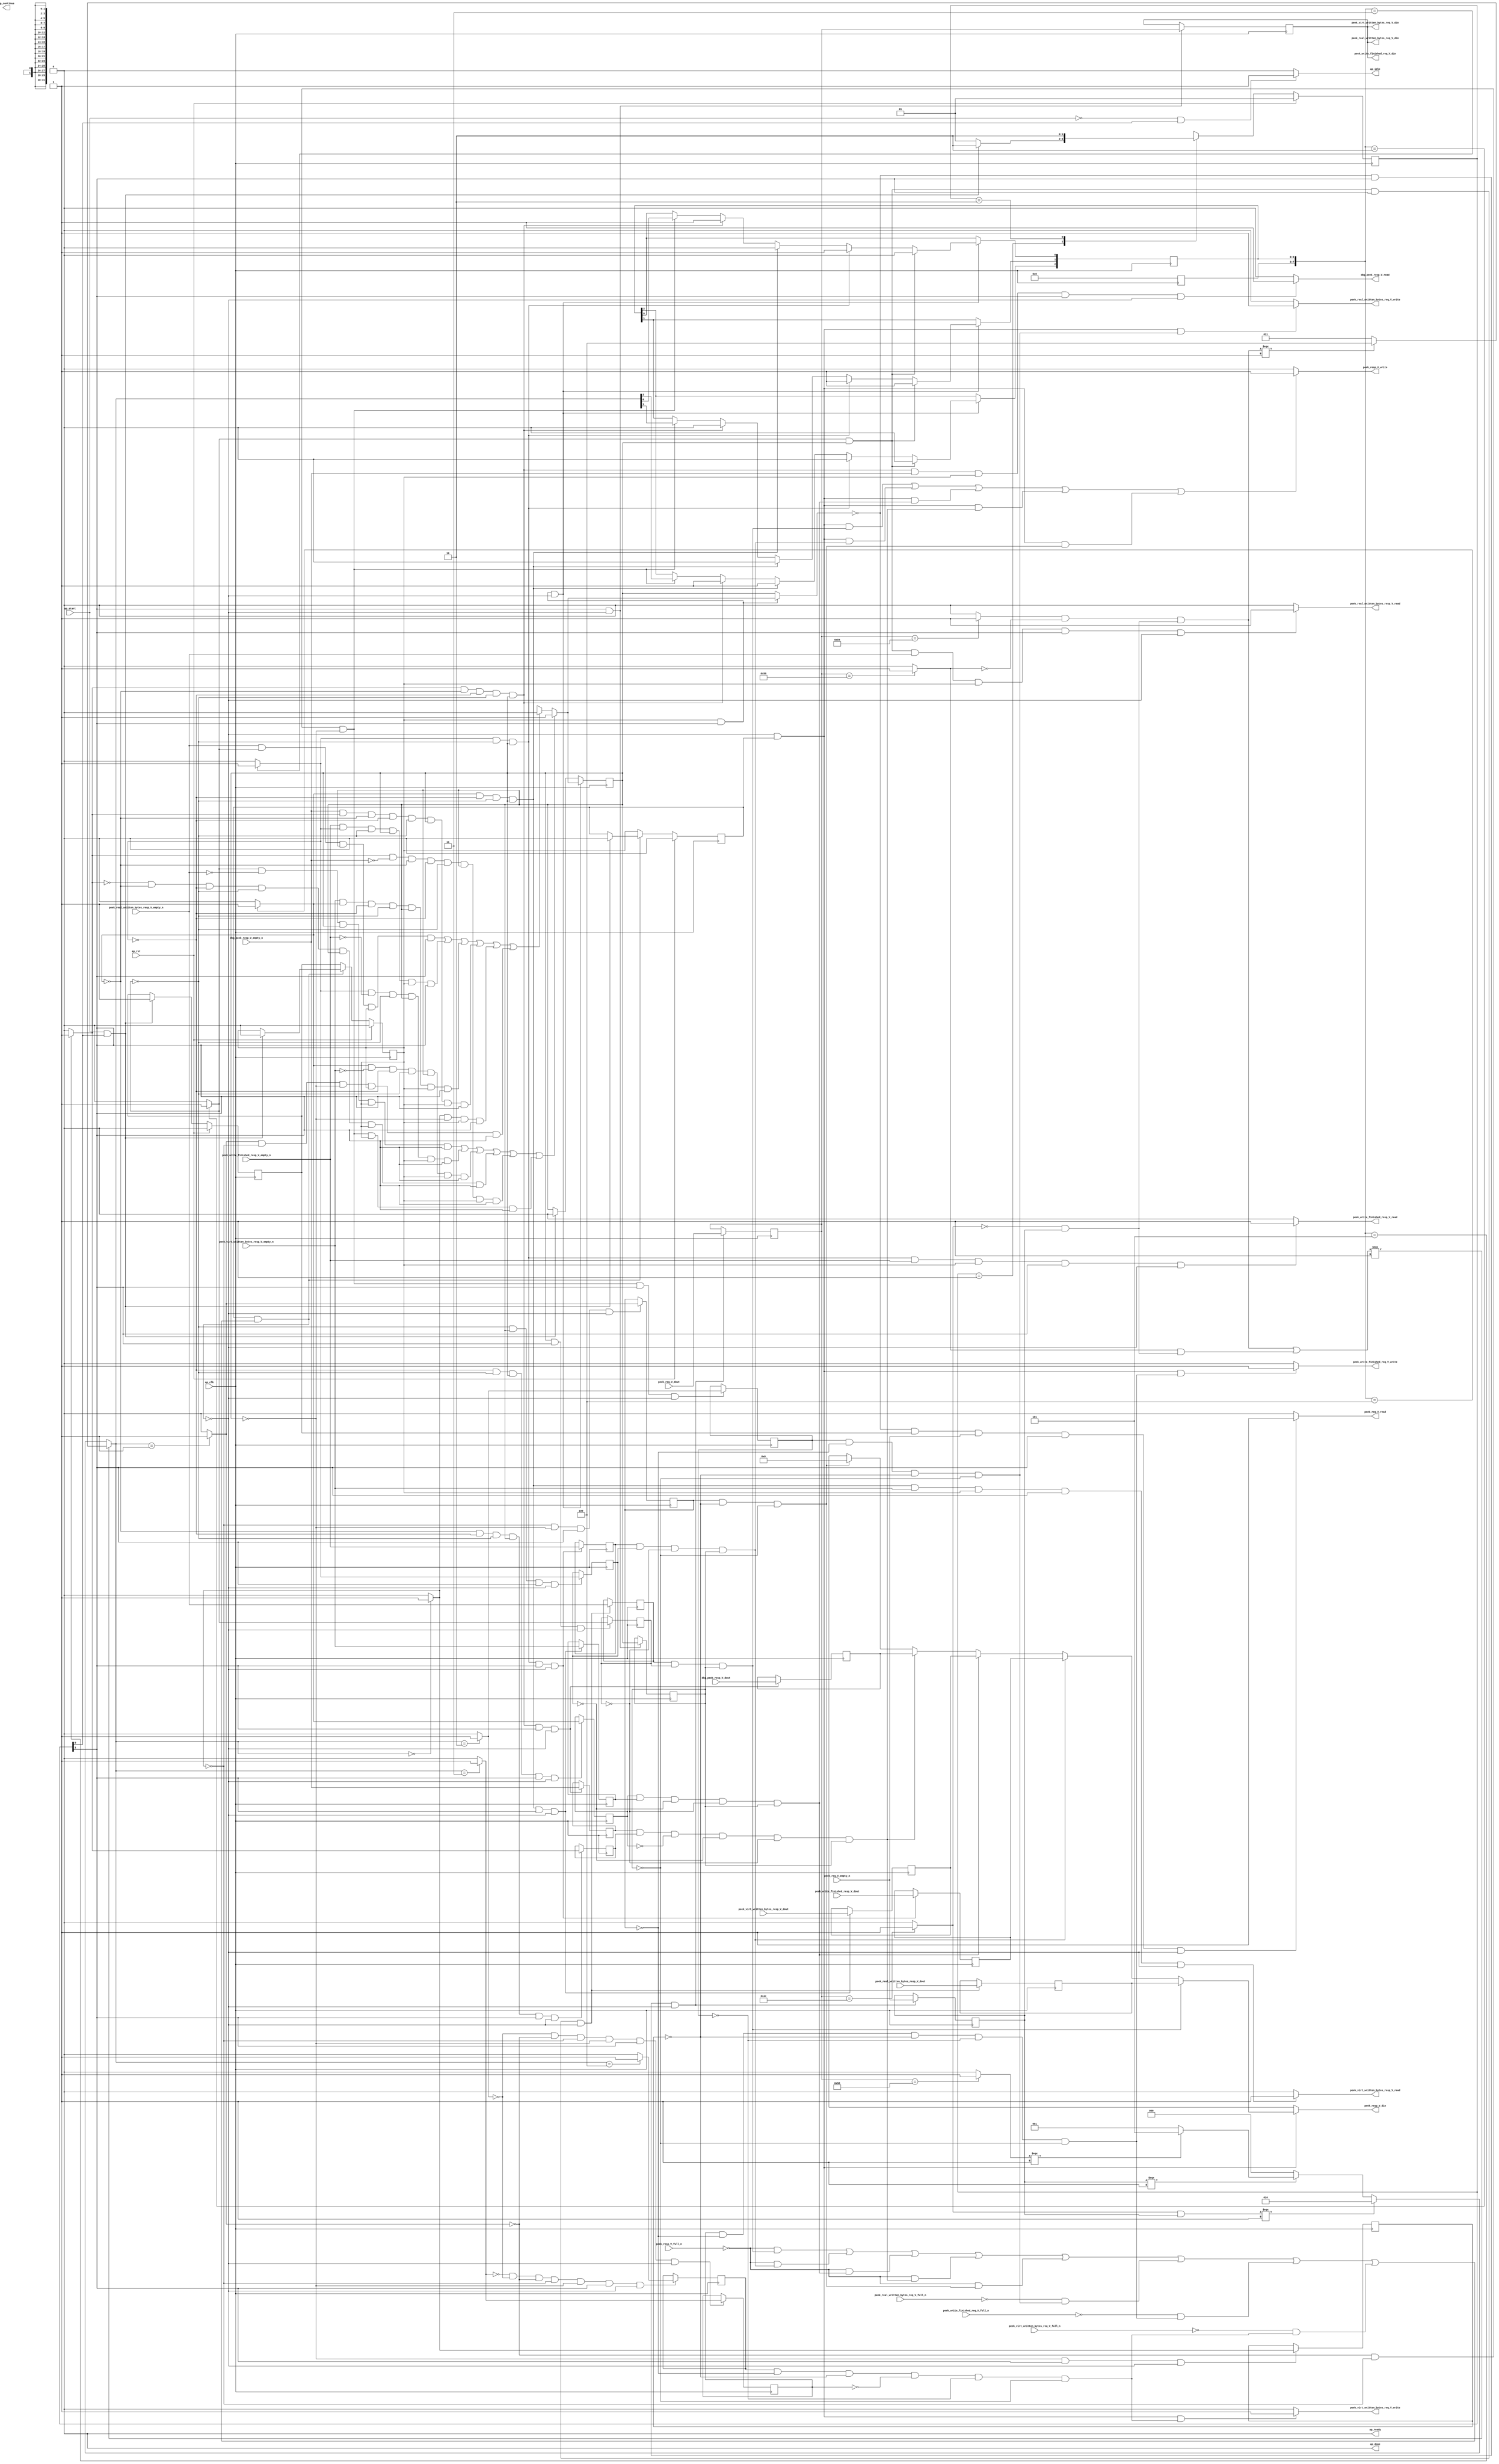
// ==============================================================
// RTL generated by Vivado(TM) HLS - High-Level Synthesis from C, C++ and SystemC
// Version: 2017.4.op
// Copyright (C) 1986-2018 Xilinx, Inc. All Rights Reserved.
// 
// ===========================================================

`timescale 1 ns / 1 ps 

(* CORE_GENERATION_INFO="peek_handler,hls_ip_2017_4_op,{HLS_INPUT_TYPE=cxx,HLS_INPUT_FLOAT=0,HLS_INPUT_FIXED=0,HLS_INPUT_PART=xcvu9p-flgb2104-2-i,HLS_INPUT_CLOCK=4.000000,HLS_INPUT_ARCH=others,HLS_SYN_CLOCK=3.047500,HLS_SYN_LAT=-1,HLS_SYN_TPT=none,HLS_SYN_MEM=0,HLS_SYN_DSP=0,HLS_SYN_FF=216,HLS_SYN_LUT=563}" *)

module peek_handler (
        ap_clk,
        ap_rst,
        ap_start,
        ap_done,
ap_continue,
        ap_idle,
        ap_ready,
        peek_req_V_dout,
        peek_req_V_empty_n,
        peek_req_V_read,
        peek_resp_V_din,
        peek_resp_V_full_n,
        peek_resp_V_write,
        peek_real_written_bytes_req_V_din,
        peek_real_written_bytes_req_V_full_n,
        peek_real_written_bytes_req_V_write,
        peek_real_written_bytes_resp_V_dout,
        peek_real_written_bytes_resp_V_empty_n,
        peek_real_written_bytes_resp_V_read,
        peek_write_finished_req_V_din,
        peek_write_finished_req_V_full_n,
        peek_write_finished_req_V_write,
        peek_write_finished_resp_V_dout,
        peek_write_finished_resp_V_empty_n,
        peek_write_finished_resp_V_read,
        peek_virt_written_bytes_req_V_din,
        peek_virt_written_bytes_req_V_full_n,
        peek_virt_written_bytes_req_V_write,
        peek_virt_written_bytes_resp_V_dout,
        peek_virt_written_bytes_resp_V_empty_n,
        peek_virt_written_bytes_resp_V_read,
        dbg_peek_resp_V_dout,
        dbg_peek_resp_V_empty_n,
        dbg_peek_resp_V_read
);

parameter    ap_ST_fsm_state1 = 2'd1;
parameter    ap_ST_fsm_pp0_stage0 = 2'd2;

input   ap_clk;
input   ap_rst;
input   ap_start;
output   ap_done;
output   ap_idle;
output ap_ready; output ap_continue;
input  [31:0] peek_req_V_dout;
input   peek_req_V_empty_n;
output   peek_req_V_read;
output  [31:0] peek_resp_V_din;
input   peek_resp_V_full_n;
output   peek_resp_V_write;
output  [31:0] peek_real_written_bytes_req_V_din;
input   peek_real_written_bytes_req_V_full_n;
output   peek_real_written_bytes_req_V_write;
input  [31:0] peek_real_written_bytes_resp_V_dout;
input   peek_real_written_bytes_resp_V_empty_n;
output   peek_real_written_bytes_resp_V_read;
output  [31:0] peek_write_finished_req_V_din;
input   peek_write_finished_req_V_full_n;
output   peek_write_finished_req_V_write;
input  [31:0] peek_write_finished_resp_V_dout;
input   peek_write_finished_resp_V_empty_n;
output   peek_write_finished_resp_V_read;
output  [31:0] peek_virt_written_bytes_req_V_din;
input   peek_virt_written_bytes_req_V_full_n;
output   peek_virt_written_bytes_req_V_write;
input  [31:0] peek_virt_written_bytes_resp_V_dout;
input   peek_virt_written_bytes_resp_V_empty_n;
output   peek_virt_written_bytes_resp_V_read;
input  [31:0] dbg_peek_resp_V_dout;
input   dbg_peek_resp_V_empty_n;
output   dbg_peek_resp_V_read;

reg ap_idle;
reg peek_req_V_read;
reg[31:0] peek_resp_V_din;
reg peek_resp_V_write;
reg peek_real_written_bytes_req_V_write;
reg peek_real_written_bytes_resp_V_read;
reg peek_write_finished_req_V_write;
reg peek_write_finished_resp_V_read;
reg peek_virt_written_bytes_req_V_write;
reg peek_virt_written_bytes_resp_V_read;
reg dbg_peek_resp_V_read;

(* fsm_encoding = "none" *) reg   [1:0] ap_CS_fsm;
wire    ap_CS_fsm_state1;
reg    peek_resp_V_blk_n;
reg    ap_enable_reg_pp0_iter2;
wire    ap_block_pp0_stage0;
reg   [0:0] has_inflight_req_reg_255;
reg   [0:0] ap_reg_pp0_iter1_has_inflight_req_reg_255;
reg   [0:0] tmp_7_reg_569;
reg   [0:0] tmp_10_reg_573;
reg   [0:0] tmp_reg_589;
reg   [0:0] empty_n_1_reg_632;
reg   [0:0] tmp_3_reg_593;
reg   [0:0] empty_n_2_reg_623;
reg   [0:0] tmp_8_reg_597;
reg   [0:0] empty_n_3_reg_614;
reg   [0:0] tmp_s_reg_601;
reg   [0:0] empty_n_4_reg_605;
reg    peek_real_written_bytes_req_V_blk_n;
reg   [0:0] tmp_12_reg_577;
reg    peek_write_finished_req_V_blk_n;
reg   [0:0] tmp_14_reg_581;
reg    peek_virt_written_bytes_req_V_blk_n;
reg   [0:0] tmp_17_reg_585;
wire    ap_CS_fsm_pp0_stage0;
wire    ap_block_state2_pp0_stage0_iter0;
wire    ap_block_state3_pp0_stage0_iter1;
reg    ap_predicate_op98_write_state4;
reg    ap_predicate_op101_write_state4;
reg    ap_predicate_op104_write_state4;
reg    ap_predicate_op106_write_state4;
reg    ap_predicate_op107_write_state4;
reg    ap_predicate_op108_write_state4;
reg    ap_predicate_op109_write_state4;
reg    ap_predicate_op110_write_state4;
reg    ap_block_state4_pp0_stage0_iter2;
reg    ap_block_pp0_stage0_11001;
reg   [0:0] empty_n_reg_551;
reg   [0:0] ap_phi_mux_has_inflight_req_phi_fu_259_p4;
reg   [31:0] tmp_15_reg_558;
reg   [31:0] ap_reg_pp0_iter1_tmp_15_reg_558;
wire   [0:0] tmp_7_fu_427_p2;
wire   [0:0] tmp_10_fu_433_p2;
wire   [0:0] tmp_12_fu_439_p2;
wire   [0:0] tmp_14_fu_445_p2;
wire   [0:0] tmp_17_fu_451_p2;
wire   [0:0] tmp_fu_465_p2;
wire   [0:0] tmp_3_fu_471_p2;
wire   [0:0] tmp_8_fu_477_p2;
wire   [0:0] tmp_s_fu_483_p2;
wire   [0:0] empty_n_4_fu_489_p1;
reg   [31:0] tmp_18_reg_609;
wire   [0:0] empty_n_3_fu_502_p1;
reg   [31:0] tmp_16_reg_618;
wire   [0:0] empty_n_2_fu_515_p1;
reg   [31:0] tmp_13_reg_627;
wire   [0:0] empty_n_1_fu_528_p1;
reg   [31:0] tmp_11_reg_636;
reg    ap_enable_reg_pp0_iter0;
reg    ap_enable_reg_pp0_iter1;
reg    ap_block_pp0_stage0_subdone;
reg   [0:0] ap_phi_mux_has_inflight_req_s_phi_fu_271_p24;
wire   [0:0] ap_phi_reg_pp0_iter1_has_inflight_req_s_reg_267;
reg    ap_block_pp0_stage0_01001;
reg   [7:0] inflight_req_state_s_fu_192;
wire   [7:0] inflight_req_state_cast_fu_423_p1;
wire   [0:0] tmp_2_fu_333_p2;
wire   [2:0] state_fu_338_p3;
wire   [0:0] tmp_4_fu_318_p2;
wire   [0:0] sel_tmp2_fu_353_p2;
wire   [2:0] sel_tmp1_fu_346_p3;
wire   [0:0] sel_tmp4_fu_366_p2;
wire   [0:0] sel_tmp5_fu_372_p2;
wire   [0:0] tmp_9_fu_323_p2;
wire   [0:0] tmp_1_fu_328_p2;
wire   [0:0] sel_tmp_fu_383_p2;
wire   [0:0] tmp2_fu_389_p2;
wire   [0:0] sel_tmp8_fu_395_p2;
wire   [0:0] sel_tmp6_fu_377_p2;
wire   [0:0] tmp_5_fu_409_p2;
wire   [2:0] sel_tmp7_fu_401_p3;
wire   [2:0] sel_tmp3_fu_358_p3;
wire   [2:0] inflight_req_state_fu_415_p3;
reg   [1:0] ap_NS_fsm;
reg    ap_idle_pp0;
wire    ap_enable_pp0;
reg    ap_condition_207;
reg    ap_condition_234;
reg    ap_condition_240;
reg    ap_condition_246;
reg    ap_condition_266;

// power-on initialization
initial begin
#0 ap_CS_fsm = 2'd1;
#0 ap_enable_reg_pp0_iter2 = 1'b0;
#0 ap_enable_reg_pp0_iter0 = 1'b0;
#0 ap_enable_reg_pp0_iter1 = 1'b0;
end

always @ (posedge ap_clk) begin
    if (ap_rst == 1'b1) begin
        ap_CS_fsm <= ap_ST_fsm_state1;
    end else begin
        ap_CS_fsm <= ap_NS_fsm;
    end
end

always @ (posedge ap_clk) begin
    if (ap_rst == 1'b1) begin
        ap_enable_reg_pp0_iter0 <= 1'b0;
    end else begin
        if (((ap_start == 1'b1) & (1'b1 == ap_CS_fsm_state1))) begin
            ap_enable_reg_pp0_iter0 <= 1'b1;
        end
    end
end

always @ (posedge ap_clk) begin
    if (ap_rst == 1'b1) begin
        ap_enable_reg_pp0_iter1 <= 1'b0;
    end else begin
        if ((1'b0 == ap_block_pp0_stage0_subdone)) begin
            ap_enable_reg_pp0_iter1 <= ap_enable_reg_pp0_iter0;
        end else if (((ap_start == 1'b1) & (1'b1 == ap_CS_fsm_state1))) begin
            ap_enable_reg_pp0_iter1 <= 1'b0;
        end
    end
end

always @ (posedge ap_clk) begin
    if (ap_rst == 1'b1) begin
        ap_enable_reg_pp0_iter2 <= 1'b0;
    end else begin
        if ((1'b0 == ap_block_pp0_stage0_subdone)) begin
            ap_enable_reg_pp0_iter2 <= ap_enable_reg_pp0_iter1;
        end else if (((ap_start == 1'b1) & (1'b1 == ap_CS_fsm_state1))) begin
            ap_enable_reg_pp0_iter2 <= 1'b0;
        end
    end
end

always @ (posedge ap_clk) begin
    if (((ap_enable_reg_pp0_iter1 == 1'b1) & (1'b1 == ap_CS_fsm_pp0_stage0) & (1'b0 == ap_block_pp0_stage0_11001))) begin
        has_inflight_req_reg_255 <= ap_phi_mux_has_inflight_req_s_phi_fu_271_p24;
    end else if (((ap_start == 1'b1) & (1'b1 == ap_CS_fsm_state1))) begin
        has_inflight_req_reg_255 <= 1'd0;
    end
end

always @ (posedge ap_clk) begin
    if ((1'b1 == ap_condition_266)) begin
        if (((tmp_fu_465_p2 == 1'd1) & (has_inflight_req_reg_255 == 1'd1))) begin
                        inflight_req_state_s_fu_192[0] <= 1'b0;
            inflight_req_state_s_fu_192[1] <= 1'b1;
            inflight_req_state_s_fu_192[2] <= 1'b0;
        end else if ((1'b1 == ap_condition_246)) begin
                        inflight_req_state_s_fu_192[0] <= 1'b1;
            inflight_req_state_s_fu_192[1] <= 1'b1;
            inflight_req_state_s_fu_192[2] <= 1'b0;
        end else if ((1'b1 == ap_condition_240)) begin
                        inflight_req_state_s_fu_192[0] <= 1'b0;
            inflight_req_state_s_fu_192[1] <= 1'b0;
            inflight_req_state_s_fu_192[2] <= 1'b1;
        end else if ((1'b1 == ap_condition_234)) begin
                        inflight_req_state_s_fu_192[0] <= 1'b1;
            inflight_req_state_s_fu_192[1] <= 1'b0;
            inflight_req_state_s_fu_192[2] <= 1'b1;
        end else if ((1'b1 == ap_condition_207)) begin
                        inflight_req_state_s_fu_192[2 : 0] <= inflight_req_state_cast_fu_423_p1[2 : 0];
        end
    end
end

always @ (posedge ap_clk) begin
    if (((1'b1 == ap_CS_fsm_pp0_stage0) & (1'b0 == ap_block_pp0_stage0_11001))) begin
        ap_reg_pp0_iter1_has_inflight_req_reg_255 <= has_inflight_req_reg_255;
        ap_reg_pp0_iter1_tmp_15_reg_558 <= tmp_15_reg_558;
    end
end

always @ (posedge ap_clk) begin
    if (((tmp_fu_465_p2 == 1'd1) & (has_inflight_req_reg_255 == 1'd1) & (1'b1 == ap_CS_fsm_pp0_stage0) & (1'b0 == ap_block_pp0_stage0_11001))) begin
        empty_n_1_reg_632 <= peek_real_written_bytes_resp_V_empty_n;
        tmp_11_reg_636 <= peek_real_written_bytes_resp_V_dout;
    end
end

always @ (posedge ap_clk) begin
    if (((tmp_3_fu_471_p2 == 1'd1) & (tmp_fu_465_p2 == 1'd0) & (has_inflight_req_reg_255 == 1'd1) & (1'b1 == ap_CS_fsm_pp0_stage0) & (1'b0 == ap_block_pp0_stage0_11001))) begin
        empty_n_2_reg_623 <= peek_write_finished_resp_V_empty_n;
        tmp_13_reg_627 <= peek_write_finished_resp_V_dout;
    end
end

always @ (posedge ap_clk) begin
    if (((tmp_8_fu_477_p2 == 1'd1) & (tmp_3_fu_471_p2 == 1'd0) & (tmp_fu_465_p2 == 1'd0) & (has_inflight_req_reg_255 == 1'd1) & (1'b1 == ap_CS_fsm_pp0_stage0) & (1'b0 == ap_block_pp0_stage0_11001))) begin
        empty_n_3_reg_614 <= peek_virt_written_bytes_resp_V_empty_n;
        tmp_16_reg_618 <= peek_virt_written_bytes_resp_V_dout;
    end
end

always @ (posedge ap_clk) begin
    if (((tmp_s_fu_483_p2 == 1'd1) & (tmp_8_fu_477_p2 == 1'd0) & (tmp_3_fu_471_p2 == 1'd0) & (tmp_fu_465_p2 == 1'd0) & (has_inflight_req_reg_255 == 1'd1) & (1'b1 == ap_CS_fsm_pp0_stage0) & (1'b0 == ap_block_pp0_stage0_11001))) begin
        empty_n_4_reg_605 <= dbg_peek_resp_V_empty_n;
        tmp_18_reg_609 <= dbg_peek_resp_V_dout;
    end
end

always @ (posedge ap_clk) begin
    if (((ap_phi_mux_has_inflight_req_phi_fu_259_p4 == 1'd0) & (1'b1 == ap_CS_fsm_pp0_stage0) & (1'b0 == ap_block_pp0_stage0_11001))) begin
        empty_n_reg_551 <= peek_req_V_empty_n;
        tmp_15_reg_558 <= peek_req_V_dout;
    end
end

always @ (posedge ap_clk) begin
    if (((tmp_7_fu_427_p2 == 1'd0) & (has_inflight_req_reg_255 == 1'd0) & (1'b1 == ap_CS_fsm_pp0_stage0) & (1'b0 == ap_block_pp0_stage0_11001))) begin
        tmp_10_reg_573 <= tmp_10_fu_433_p2;
    end
end

always @ (posedge ap_clk) begin
    if (((tmp_10_fu_433_p2 == 1'd0) & (tmp_7_fu_427_p2 == 1'd0) & (has_inflight_req_reg_255 == 1'd0) & (1'b1 == ap_CS_fsm_pp0_stage0) & (1'b0 == ap_block_pp0_stage0_11001))) begin
        tmp_12_reg_577 <= tmp_12_fu_439_p2;
    end
end

always @ (posedge ap_clk) begin
    if (((tmp_12_fu_439_p2 == 1'd0) & (tmp_10_fu_433_p2 == 1'd0) & (tmp_7_fu_427_p2 == 1'd0) & (has_inflight_req_reg_255 == 1'd0) & (1'b1 == ap_CS_fsm_pp0_stage0) & (1'b0 == ap_block_pp0_stage0_11001))) begin
        tmp_14_reg_581 <= tmp_14_fu_445_p2;
    end
end

always @ (posedge ap_clk) begin
    if (((tmp_14_fu_445_p2 == 1'd0) & (tmp_12_fu_439_p2 == 1'd0) & (tmp_10_fu_433_p2 == 1'd0) & (tmp_7_fu_427_p2 == 1'd0) & (has_inflight_req_reg_255 == 1'd0) & (1'b1 == ap_CS_fsm_pp0_stage0) & (1'b0 == ap_block_pp0_stage0_11001))) begin
        tmp_17_reg_585 <= tmp_17_fu_451_p2;
    end
end

always @ (posedge ap_clk) begin
    if (((tmp_fu_465_p2 == 1'd0) & (has_inflight_req_reg_255 == 1'd1) & (1'b1 == ap_CS_fsm_pp0_stage0) & (1'b0 == ap_block_pp0_stage0_11001))) begin
        tmp_3_reg_593 <= tmp_3_fu_471_p2;
    end
end

always @ (posedge ap_clk) begin
    if (((has_inflight_req_reg_255 == 1'd0) & (1'b1 == ap_CS_fsm_pp0_stage0) & (1'b0 == ap_block_pp0_stage0_11001))) begin
        tmp_7_reg_569 <= tmp_7_fu_427_p2;
    end
end

always @ (posedge ap_clk) begin
    if (((tmp_3_fu_471_p2 == 1'd0) & (tmp_fu_465_p2 == 1'd0) & (has_inflight_req_reg_255 == 1'd1) & (1'b1 == ap_CS_fsm_pp0_stage0) & (1'b0 == ap_block_pp0_stage0_11001))) begin
        tmp_8_reg_597 <= tmp_8_fu_477_p2;
    end
end

always @ (posedge ap_clk) begin
    if (((has_inflight_req_reg_255 == 1'd1) & (1'b1 == ap_CS_fsm_pp0_stage0) & (1'b0 == ap_block_pp0_stage0_11001))) begin
        tmp_reg_589 <= tmp_fu_465_p2;
    end
end

always @ (posedge ap_clk) begin
    if (((tmp_8_fu_477_p2 == 1'd0) & (tmp_3_fu_471_p2 == 1'd0) & (tmp_fu_465_p2 == 1'd0) & (has_inflight_req_reg_255 == 1'd1) & (1'b1 == ap_CS_fsm_pp0_stage0) & (1'b0 == ap_block_pp0_stage0_11001))) begin
        tmp_s_reg_601 <= tmp_s_fu_483_p2;
    end
end

always @ (*) begin
    if (((ap_start == 1'b0) & (1'b1 == ap_CS_fsm_state1))) begin
        ap_idle = 1'b1;
    end else begin
        ap_idle = 1'b0;
    end
end

always @ (*) begin
    if (((ap_enable_reg_pp0_iter2 == 1'b0) & (ap_enable_reg_pp0_iter1 == 1'b0) & (ap_enable_reg_pp0_iter0 == 1'b0))) begin
        ap_idle_pp0 = 1'b1;
    end else begin
        ap_idle_pp0 = 1'b0;
    end
end

always @ (*) begin
    if (((1'b0 == ap_block_pp0_stage0) & (ap_enable_reg_pp0_iter1 == 1'b1) & (1'b1 == ap_CS_fsm_pp0_stage0))) begin
        ap_phi_mux_has_inflight_req_phi_fu_259_p4 = ap_phi_mux_has_inflight_req_s_phi_fu_271_p24;
    end else begin
        ap_phi_mux_has_inflight_req_phi_fu_259_p4 = has_inflight_req_reg_255;
    end
end

always @ (*) begin
    if ((((tmp_fu_465_p2 == 1'd1) & (empty_n_1_fu_528_p1 == 1'd0) & (has_inflight_req_reg_255 == 1'd1) & (1'b0 == ap_block_pp0_stage0) & (ap_enable_reg_pp0_iter1 == 1'b1) & (1'b1 == ap_CS_fsm_pp0_stage0)) | ((tmp_3_fu_471_p2 == 1'd1) & (empty_n_2_fu_515_p1 == 1'd0) & (tmp_fu_465_p2 == 1'd0) & (has_inflight_req_reg_255 == 1'd1) & (1'b0 == ap_block_pp0_stage0) & (ap_enable_reg_pp0_iter1 == 1'b1) & (1'b1 == ap_CS_fsm_pp0_stage0)) | ((tmp_8_fu_477_p2 == 1'd1) & (empty_n_3_fu_502_p1 == 1'd0) & (tmp_3_fu_471_p2 == 1'd0) & (tmp_fu_465_p2 == 1'd0) & (has_inflight_req_reg_255 == 1'd1) & (1'b0 == ap_block_pp0_stage0) & (ap_enable_reg_pp0_iter1 == 1'b1) & (1'b1 == ap_CS_fsm_pp0_stage0)) | ((tmp_s_fu_483_p2 == 1'd0) & (tmp_8_fu_477_p2 == 1'd0) & (tmp_3_fu_471_p2 == 1'd0) & (tmp_fu_465_p2 == 1'd0) & (has_inflight_req_reg_255 == 1'd1) & (1'b0 == ap_block_pp0_stage0) & (ap_enable_reg_pp0_iter1 == 1'b1) & (1'b1 == ap_CS_fsm_pp0_stage0)) | ((tmp_s_fu_483_p2 == 1'd1) & (empty_n_4_fu_489_p1 == 1'd0) & (tmp_8_fu_477_p2 == 1'd0) & (tmp_3_fu_471_p2 == 1'd0) & (tmp_fu_465_p2 == 1'd0) & (has_inflight_req_reg_255 == 1'd1) & (1'b0 == ap_block_pp0_stage0) & (ap_enable_reg_pp0_iter1 == 1'b1) & (1'b1 == ap_CS_fsm_pp0_stage0)) | ((tmp_10_fu_433_p2 == 1'd0) & (tmp_7_fu_427_p2 == 1'd0) & (has_inflight_req_reg_255 == 1'd0) & (1'b0 == ap_block_pp0_stage0) & (ap_enable_reg_pp0_iter1 == 1'b1) & (1'b1 == ap_CS_fsm_pp0_stage0)))) begin
        ap_phi_mux_has_inflight_req_s_phi_fu_271_p24 = 1'd1;
    end else if ((((empty_n_1_fu_528_p1 == 1'd1) & (tmp_fu_465_p2 == 1'd1) & (has_inflight_req_reg_255 == 1'd1) & (1'b0 == ap_block_pp0_stage0) & (ap_enable_reg_pp0_iter1 == 1'b1) & (1'b1 == ap_CS_fsm_pp0_stage0)) | ((empty_n_2_fu_515_p1 == 1'd1) & (tmp_3_fu_471_p2 == 1'd1) & (tmp_fu_465_p2 == 1'd0) & (has_inflight_req_reg_255 == 1'd1) & (1'b0 == ap_block_pp0_stage0) & (ap_enable_reg_pp0_iter1 == 1'b1) & (1'b1 == ap_CS_fsm_pp0_stage0)) | ((empty_n_3_fu_502_p1 == 1'd1) & (tmp_8_fu_477_p2 == 1'd1) & (tmp_3_fu_471_p2 == 1'd0) & (tmp_fu_465_p2 == 1'd0) & (has_inflight_req_reg_255 == 1'd1) & (1'b0 == ap_block_pp0_stage0) & (ap_enable_reg_pp0_iter1 == 1'b1) & (1'b1 == ap_CS_fsm_pp0_stage0)) | ((empty_n_4_fu_489_p1 == 1'd1) & (tmp_s_fu_483_p2 == 1'd1) & (tmp_8_fu_477_p2 == 1'd0) & (tmp_3_fu_471_p2 == 1'd0) & (tmp_fu_465_p2 == 1'd0) & (has_inflight_req_reg_255 == 1'd1) & (1'b0 == ap_block_pp0_stage0) & (ap_enable_reg_pp0_iter1 == 1'b1) & (1'b1 == ap_CS_fsm_pp0_stage0)) | ((tmp_7_fu_427_p2 == 1'd1) & (has_inflight_req_reg_255 == 1'd0) & (1'b0 == ap_block_pp0_stage0) & (ap_enable_reg_pp0_iter1 == 1'b1) & (1'b1 == ap_CS_fsm_pp0_stage0)) | ((tmp_10_fu_433_p2 == 1'd1) & (tmp_7_fu_427_p2 == 1'd0) & (has_inflight_req_reg_255 == 1'd0) & (1'b0 == ap_block_pp0_stage0) & (ap_enable_reg_pp0_iter1 == 1'b1) & (1'b1 == ap_CS_fsm_pp0_stage0)))) begin
        ap_phi_mux_has_inflight_req_s_phi_fu_271_p24 = 1'd0;
    end else begin
        ap_phi_mux_has_inflight_req_s_phi_fu_271_p24 = ap_phi_reg_pp0_iter1_has_inflight_req_s_reg_267;
    end
end

always @ (*) begin
    if (((tmp_s_fu_483_p2 == 1'd1) & (tmp_8_fu_477_p2 == 1'd0) & (tmp_3_fu_471_p2 == 1'd0) & (tmp_fu_465_p2 == 1'd0) & (has_inflight_req_reg_255 == 1'd1) & (dbg_peek_resp_V_empty_n == 1'b1) & (ap_enable_reg_pp0_iter1 == 1'b1) & (1'b1 == ap_CS_fsm_pp0_stage0) & (1'b0 == ap_block_pp0_stage0_11001))) begin
        dbg_peek_resp_V_read = 1'b1;
    end else begin
        dbg_peek_resp_V_read = 1'b0;
    end
end

always @ (*) begin
    if (((tmp_12_reg_577 == 1'd1) & (tmp_10_reg_573 == 1'd0) & (tmp_7_reg_569 == 1'd0) & (ap_reg_pp0_iter1_has_inflight_req_reg_255 == 1'd0) & (1'b0 == ap_block_pp0_stage0) & (ap_enable_reg_pp0_iter2 == 1'b1))) begin
        peek_real_written_bytes_req_V_blk_n = peek_real_written_bytes_req_V_full_n;
    end else begin
        peek_real_written_bytes_req_V_blk_n = 1'b1;
    end
end

always @ (*) begin
    if (((ap_enable_reg_pp0_iter2 == 1'b1) & (1'b0 == ap_block_pp0_stage0_11001) & (ap_predicate_op104_write_state4 == 1'b1))) begin
        peek_real_written_bytes_req_V_write = 1'b1;
    end else begin
        peek_real_written_bytes_req_V_write = 1'b0;
    end
end

always @ (*) begin
    if (((tmp_fu_465_p2 == 1'd1) & (has_inflight_req_reg_255 == 1'd1) & (peek_real_written_bytes_resp_V_empty_n == 1'b1) & (ap_enable_reg_pp0_iter1 == 1'b1) & (1'b1 == ap_CS_fsm_pp0_stage0) & (1'b0 == ap_block_pp0_stage0_11001))) begin
        peek_real_written_bytes_resp_V_read = 1'b1;
    end else begin
        peek_real_written_bytes_resp_V_read = 1'b0;
    end
end

always @ (*) begin
    if (((ap_phi_mux_has_inflight_req_phi_fu_259_p4 == 1'd0) & (ap_enable_reg_pp0_iter0 == 1'b1) & (peek_req_V_empty_n == 1'b1) & (1'b1 == ap_CS_fsm_pp0_stage0) & (1'b0 == ap_block_pp0_stage0_11001))) begin
        peek_req_V_read = 1'b1;
    end else begin
        peek_req_V_read = 1'b0;
    end
end

always @ (*) begin
    if ((((empty_n_4_reg_605 == 1'd1) & (tmp_s_reg_601 == 1'd1) & (tmp_8_reg_597 == 1'd0) & (tmp_3_reg_593 == 1'd0) & (tmp_reg_589 == 1'd0) & (ap_reg_pp0_iter1_has_inflight_req_reg_255 == 1'd1) & (1'b0 == ap_block_pp0_stage0) & (ap_enable_reg_pp0_iter2 == 1'b1)) | ((tmp_8_reg_597 == 1'd1) & (empty_n_3_reg_614 == 1'd1) & (tmp_3_reg_593 == 1'd0) & (tmp_reg_589 == 1'd0) & (ap_reg_pp0_iter1_has_inflight_req_reg_255 == 1'd1) & (1'b0 == ap_block_pp0_stage0) & (ap_enable_reg_pp0_iter2 == 1'b1)) | ((empty_n_2_reg_623 == 1'd1) & (tmp_3_reg_593 == 1'd1) & (tmp_reg_589 == 1'd0) & (ap_reg_pp0_iter1_has_inflight_req_reg_255 == 1'd1) & (1'b0 == ap_block_pp0_stage0) & (ap_enable_reg_pp0_iter2 == 1'b1)) | ((empty_n_1_reg_632 == 1'd1) & (tmp_reg_589 == 1'd1) & (ap_reg_pp0_iter1_has_inflight_req_reg_255 == 1'd1) & (1'b0 == ap_block_pp0_stage0) & (ap_enable_reg_pp0_iter2 == 1'b1)) | ((tmp_10_reg_573 == 1'd1) & (tmp_7_reg_569 == 1'd0) & (ap_reg_pp0_iter1_has_inflight_req_reg_255 == 1'd0) & (1'b0 == ap_block_pp0_stage0) & (ap_enable_reg_pp0_iter2 == 1'b1)))) begin
        peek_resp_V_blk_n = peek_resp_V_full_n;
    end else begin
        peek_resp_V_blk_n = 1'b1;
    end
end

always @ (*) begin
    if (((1'b0 == ap_block_pp0_stage0_01001) & (ap_enable_reg_pp0_iter2 == 1'b1))) begin
        if ((ap_predicate_op110_write_state4 == 1'b1)) begin
            peek_resp_V_din = tmp_11_reg_636;
        end else if ((ap_predicate_op109_write_state4 == 1'b1)) begin
            peek_resp_V_din = tmp_13_reg_627;
        end else if ((ap_predicate_op108_write_state4 == 1'b1)) begin
            peek_resp_V_din = tmp_16_reg_618;
        end else if ((ap_predicate_op107_write_state4 == 1'b1)) begin
            peek_resp_V_din = tmp_18_reg_609;
        end else if ((ap_predicate_op106_write_state4 == 1'b1)) begin
            peek_resp_V_din = 32'd0;
        end else begin
            peek_resp_V_din = 'bx;
        end
    end else begin
        peek_resp_V_din = 'bx;
    end
end

always @ (*) begin
    if ((((ap_enable_reg_pp0_iter2 == 1'b1) & (1'b0 == ap_block_pp0_stage0_11001) & (ap_predicate_op110_write_state4 == 1'b1)) | ((ap_enable_reg_pp0_iter2 == 1'b1) & (1'b0 == ap_block_pp0_stage0_11001) & (ap_predicate_op109_write_state4 == 1'b1)) | ((ap_enable_reg_pp0_iter2 == 1'b1) & (1'b0 == ap_block_pp0_stage0_11001) & (ap_predicate_op108_write_state4 == 1'b1)) | ((ap_enable_reg_pp0_iter2 == 1'b1) & (1'b0 == ap_block_pp0_stage0_11001) & (ap_predicate_op107_write_state4 == 1'b1)) | ((ap_enable_reg_pp0_iter2 == 1'b1) & (1'b0 == ap_block_pp0_stage0_11001) & (ap_predicate_op106_write_state4 == 1'b1)))) begin
        peek_resp_V_write = 1'b1;
    end else begin
        peek_resp_V_write = 1'b0;
    end
end

always @ (*) begin
    if (((tmp_17_reg_585 == 1'd1) & (tmp_10_reg_573 == 1'd0) & (tmp_7_reg_569 == 1'd0) & (tmp_14_reg_581 == 1'd0) & (tmp_12_reg_577 == 1'd0) & (ap_reg_pp0_iter1_has_inflight_req_reg_255 == 1'd0) & (1'b0 == ap_block_pp0_stage0) & (ap_enable_reg_pp0_iter2 == 1'b1))) begin
        peek_virt_written_bytes_req_V_blk_n = peek_virt_written_bytes_req_V_full_n;
    end else begin
        peek_virt_written_bytes_req_V_blk_n = 1'b1;
    end
end

always @ (*) begin
    if (((ap_enable_reg_pp0_iter2 == 1'b1) & (1'b0 == ap_block_pp0_stage0_11001) & (ap_predicate_op98_write_state4 == 1'b1))) begin
        peek_virt_written_bytes_req_V_write = 1'b1;
    end else begin
        peek_virt_written_bytes_req_V_write = 1'b0;
    end
end

always @ (*) begin
    if (((tmp_8_fu_477_p2 == 1'd1) & (tmp_3_fu_471_p2 == 1'd0) & (tmp_fu_465_p2 == 1'd0) & (has_inflight_req_reg_255 == 1'd1) & (peek_virt_written_bytes_resp_V_empty_n == 1'b1) & (ap_enable_reg_pp0_iter1 == 1'b1) & (1'b1 == ap_CS_fsm_pp0_stage0) & (1'b0 == ap_block_pp0_stage0_11001))) begin
        peek_virt_written_bytes_resp_V_read = 1'b1;
    end else begin
        peek_virt_written_bytes_resp_V_read = 1'b0;
    end
end

always @ (*) begin
    if (((tmp_14_reg_581 == 1'd1) & (tmp_10_reg_573 == 1'd0) & (tmp_7_reg_569 == 1'd0) & (tmp_12_reg_577 == 1'd0) & (ap_reg_pp0_iter1_has_inflight_req_reg_255 == 1'd0) & (1'b0 == ap_block_pp0_stage0) & (ap_enable_reg_pp0_iter2 == 1'b1))) begin
        peek_write_finished_req_V_blk_n = peek_write_finished_req_V_full_n;
    end else begin
        peek_write_finished_req_V_blk_n = 1'b1;
    end
end

always @ (*) begin
    if (((ap_enable_reg_pp0_iter2 == 1'b1) & (1'b0 == ap_block_pp0_stage0_11001) & (ap_predicate_op101_write_state4 == 1'b1))) begin
        peek_write_finished_req_V_write = 1'b1;
    end else begin
        peek_write_finished_req_V_write = 1'b0;
    end
end

always @ (*) begin
    if (((tmp_3_fu_471_p2 == 1'd1) & (tmp_fu_465_p2 == 1'd0) & (has_inflight_req_reg_255 == 1'd1) & (peek_write_finished_resp_V_empty_n == 1'b1) & (ap_enable_reg_pp0_iter1 == 1'b1) & (1'b1 == ap_CS_fsm_pp0_stage0) & (1'b0 == ap_block_pp0_stage0_11001))) begin
        peek_write_finished_resp_V_read = 1'b1;
    end else begin
        peek_write_finished_resp_V_read = 1'b0;
    end
end

always @ (*) begin
    case (ap_CS_fsm)
        ap_ST_fsm_state1 : begin
            if (((ap_start == 1'b1) & (1'b1 == ap_CS_fsm_state1))) begin
                ap_NS_fsm = ap_ST_fsm_pp0_stage0;
            end else begin
                ap_NS_fsm = ap_ST_fsm_state1;
            end
        end
        ap_ST_fsm_pp0_stage0 : begin
            ap_NS_fsm = ap_ST_fsm_pp0_stage0;
        end
        default : begin
            ap_NS_fsm = 'bx;
        end
    endcase
end

assign ap_CS_fsm_pp0_stage0 = ap_CS_fsm[32'd1];

assign ap_CS_fsm_state1 = ap_CS_fsm[32'd0];

assign ap_block_pp0_stage0 = ~(1'b1 == 1'b1);

always @ (*) begin
    ap_block_pp0_stage0_01001 = ((ap_enable_reg_pp0_iter2 == 1'b1) & (((peek_resp_V_full_n == 1'b0) & (ap_predicate_op110_write_state4 == 1'b1)) | ((peek_resp_V_full_n == 1'b0) & (ap_predicate_op109_write_state4 == 1'b1)) | ((peek_resp_V_full_n == 1'b0) & (ap_predicate_op108_write_state4 == 1'b1)) | ((peek_resp_V_full_n == 1'b0) & (ap_predicate_op107_write_state4 == 1'b1)) | ((peek_resp_V_full_n == 1'b0) & (ap_predicate_op106_write_state4 == 1'b1)) | ((peek_real_written_bytes_req_V_full_n == 1'b0) & (ap_predicate_op104_write_state4 == 1'b1)) | ((peek_write_finished_req_V_full_n == 1'b0) & (ap_predicate_op101_write_state4 == 1'b1)) | ((peek_virt_written_bytes_req_V_full_n == 1'b0) & (ap_predicate_op98_write_state4 == 1'b1))));
end

always @ (*) begin
    ap_block_pp0_stage0_11001 = ((ap_enable_reg_pp0_iter2 == 1'b1) & (((peek_resp_V_full_n == 1'b0) & (ap_predicate_op110_write_state4 == 1'b1)) | ((peek_resp_V_full_n == 1'b0) & (ap_predicate_op109_write_state4 == 1'b1)) | ((peek_resp_V_full_n == 1'b0) & (ap_predicate_op108_write_state4 == 1'b1)) | ((peek_resp_V_full_n == 1'b0) & (ap_predicate_op107_write_state4 == 1'b1)) | ((peek_resp_V_full_n == 1'b0) & (ap_predicate_op106_write_state4 == 1'b1)) | ((peek_real_written_bytes_req_V_full_n == 1'b0) & (ap_predicate_op104_write_state4 == 1'b1)) | ((peek_write_finished_req_V_full_n == 1'b0) & (ap_predicate_op101_write_state4 == 1'b1)) | ((peek_virt_written_bytes_req_V_full_n == 1'b0) & (ap_predicate_op98_write_state4 == 1'b1))));
end

always @ (*) begin
    ap_block_pp0_stage0_subdone = ((ap_enable_reg_pp0_iter2 == 1'b1) & (((peek_resp_V_full_n == 1'b0) & (ap_predicate_op110_write_state4 == 1'b1)) | ((peek_resp_V_full_n == 1'b0) & (ap_predicate_op109_write_state4 == 1'b1)) | ((peek_resp_V_full_n == 1'b0) & (ap_predicate_op108_write_state4 == 1'b1)) | ((peek_resp_V_full_n == 1'b0) & (ap_predicate_op107_write_state4 == 1'b1)) | ((peek_resp_V_full_n == 1'b0) & (ap_predicate_op106_write_state4 == 1'b1)) | ((peek_real_written_bytes_req_V_full_n == 1'b0) & (ap_predicate_op104_write_state4 == 1'b1)) | ((peek_write_finished_req_V_full_n == 1'b0) & (ap_predicate_op101_write_state4 == 1'b1)) | ((peek_virt_written_bytes_req_V_full_n == 1'b0) & (ap_predicate_op98_write_state4 == 1'b1))));
end

assign ap_block_state2_pp0_stage0_iter0 = ~(1'b1 == 1'b1);

assign ap_block_state3_pp0_stage0_iter1 = ~(1'b1 == 1'b1);

always @ (*) begin
    ap_block_state4_pp0_stage0_iter2 = (((peek_resp_V_full_n == 1'b0) & (ap_predicate_op110_write_state4 == 1'b1)) | ((peek_resp_V_full_n == 1'b0) & (ap_predicate_op109_write_state4 == 1'b1)) | ((peek_resp_V_full_n == 1'b0) & (ap_predicate_op108_write_state4 == 1'b1)) | ((peek_resp_V_full_n == 1'b0) & (ap_predicate_op107_write_state4 == 1'b1)) | ((peek_resp_V_full_n == 1'b0) & (ap_predicate_op106_write_state4 == 1'b1)) | ((peek_real_written_bytes_req_V_full_n == 1'b0) & (ap_predicate_op104_write_state4 == 1'b1)) | ((peek_write_finished_req_V_full_n == 1'b0) & (ap_predicate_op101_write_state4 == 1'b1)) | ((peek_virt_written_bytes_req_V_full_n == 1'b0) & (ap_predicate_op98_write_state4 == 1'b1)));
end

always @ (*) begin
    ap_condition_207 = ((tmp_10_fu_433_p2 == 1'd0) & (tmp_7_fu_427_p2 == 1'd0) & (has_inflight_req_reg_255 == 1'd0));
end

always @ (*) begin
    ap_condition_234 = ((tmp_s_fu_483_p2 == 1'd1) & (tmp_8_fu_477_p2 == 1'd0) & (tmp_3_fu_471_p2 == 1'd0) & (tmp_fu_465_p2 == 1'd0) & (has_inflight_req_reg_255 == 1'd1));
end

always @ (*) begin
    ap_condition_240 = ((tmp_8_fu_477_p2 == 1'd1) & (tmp_3_fu_471_p2 == 1'd0) & (tmp_fu_465_p2 == 1'd0) & (has_inflight_req_reg_255 == 1'd1));
end

always @ (*) begin
    ap_condition_246 = ((tmp_3_fu_471_p2 == 1'd1) & (tmp_fu_465_p2 == 1'd0) & (has_inflight_req_reg_255 == 1'd1));
end

always @ (*) begin
    ap_condition_266 = ((ap_enable_reg_pp0_iter1 == 1'b1) & (1'b1 == ap_CS_fsm_pp0_stage0) & (1'b0 == ap_block_pp0_stage0_11001));
end

assign ap_done = 1'b0;

assign ap_enable_pp0 = (ap_idle_pp0 ^ 1'b1);

assign ap_phi_reg_pp0_iter1_has_inflight_req_s_reg_267 = 'bx;

always @ (*) begin
    ap_predicate_op101_write_state4 = ((tmp_14_reg_581 == 1'd1) & (tmp_10_reg_573 == 1'd0) & (tmp_7_reg_569 == 1'd0) & (tmp_12_reg_577 == 1'd0) & (ap_reg_pp0_iter1_has_inflight_req_reg_255 == 1'd0));
end

always @ (*) begin
    ap_predicate_op104_write_state4 = ((tmp_12_reg_577 == 1'd1) & (tmp_10_reg_573 == 1'd0) & (tmp_7_reg_569 == 1'd0) & (ap_reg_pp0_iter1_has_inflight_req_reg_255 == 1'd0));
end

always @ (*) begin
    ap_predicate_op106_write_state4 = ((tmp_10_reg_573 == 1'd1) & (tmp_7_reg_569 == 1'd0) & (ap_reg_pp0_iter1_has_inflight_req_reg_255 == 1'd0));
end

always @ (*) begin
    ap_predicate_op107_write_state4 = ((empty_n_4_reg_605 == 1'd1) & (tmp_s_reg_601 == 1'd1) & (tmp_8_reg_597 == 1'd0) & (tmp_3_reg_593 == 1'd0) & (tmp_reg_589 == 1'd0) & (ap_reg_pp0_iter1_has_inflight_req_reg_255 == 1'd1));
end

always @ (*) begin
    ap_predicate_op108_write_state4 = ((tmp_8_reg_597 == 1'd1) & (empty_n_3_reg_614 == 1'd1) & (tmp_3_reg_593 == 1'd0) & (tmp_reg_589 == 1'd0) & (ap_reg_pp0_iter1_has_inflight_req_reg_255 == 1'd1));
end

always @ (*) begin
    ap_predicate_op109_write_state4 = ((empty_n_2_reg_623 == 1'd1) & (tmp_3_reg_593 == 1'd1) & (tmp_reg_589 == 1'd0) & (ap_reg_pp0_iter1_has_inflight_req_reg_255 == 1'd1));
end

always @ (*) begin
    ap_predicate_op110_write_state4 = ((empty_n_1_reg_632 == 1'd1) & (tmp_reg_589 == 1'd1) & (ap_reg_pp0_iter1_has_inflight_req_reg_255 == 1'd1));
end

always @ (*) begin
    ap_predicate_op98_write_state4 = ((tmp_17_reg_585 == 1'd1) & (tmp_10_reg_573 == 1'd0) & (tmp_7_reg_569 == 1'd0) & (tmp_14_reg_581 == 1'd0) & (tmp_12_reg_577 == 1'd0) & (ap_reg_pp0_iter1_has_inflight_req_reg_255 == 1'd0));
end

assign ap_ready = 1'b0;

assign empty_n_1_fu_528_p1 = peek_real_written_bytes_resp_V_empty_n;

assign empty_n_2_fu_515_p1 = peek_write_finished_resp_V_empty_n;

assign empty_n_3_fu_502_p1 = peek_virt_written_bytes_resp_V_empty_n;

assign empty_n_4_fu_489_p1 = dbg_peek_resp_V_empty_n;

assign inflight_req_state_cast_fu_423_p1 = inflight_req_state_fu_415_p3;

assign inflight_req_state_fu_415_p3 = ((tmp_5_fu_409_p2[0:0] === 1'b1) ? sel_tmp7_fu_401_p3 : sel_tmp3_fu_358_p3);

assign peek_real_written_bytes_req_V_din = ap_reg_pp0_iter1_tmp_15_reg_558;

assign peek_virt_written_bytes_req_V_din = ap_reg_pp0_iter1_tmp_15_reg_558;

assign peek_write_finished_req_V_din = ap_reg_pp0_iter1_tmp_15_reg_558;

assign sel_tmp1_fu_346_p3 = ((empty_n_reg_551[0:0] === 1'b1) ? state_fu_338_p3 : 3'd0);

assign sel_tmp2_fu_353_p2 = (tmp_4_fu_318_p2 & empty_n_reg_551);

assign sel_tmp3_fu_358_p3 = ((sel_tmp2_fu_353_p2[0:0] === 1'b1) ? 3'd2 : sel_tmp1_fu_346_p3);

assign sel_tmp4_fu_366_p2 = (tmp_4_fu_318_p2 ^ 1'd1);

assign sel_tmp5_fu_372_p2 = (sel_tmp4_fu_366_p2 & empty_n_reg_551);

assign sel_tmp6_fu_377_p2 = (tmp_9_fu_323_p2 & sel_tmp5_fu_372_p2);

assign sel_tmp7_fu_401_p3 = ((sel_tmp8_fu_395_p2[0:0] === 1'b1) ? 3'd4 : 3'd3);

assign sel_tmp8_fu_395_p2 = (tmp2_fu_389_p2 & sel_tmp5_fu_372_p2);

assign sel_tmp_fu_383_p2 = (tmp_9_fu_323_p2 ^ 1'd1);

assign state_fu_338_p3 = ((tmp_2_fu_333_p2[0:0] === 1'b1) ? 3'd5 : 3'd1);

assign tmp2_fu_389_p2 = (tmp_1_fu_328_p2 & sel_tmp_fu_383_p2);

assign tmp_10_fu_433_p2 = ((inflight_req_state_fu_415_p3 == 3'd1) ? 1'b1 : 1'b0);

assign tmp_12_fu_439_p2 = ((inflight_req_state_fu_415_p3 == 3'd2) ? 1'b1 : 1'b0);

assign tmp_14_fu_445_p2 = ((inflight_req_state_fu_415_p3 == 3'd3) ? 1'b1 : 1'b0);

assign tmp_17_fu_451_p2 = ((inflight_req_state_fu_415_p3 == 3'd4) ? 1'b1 : 1'b0);

assign tmp_1_fu_328_p2 = ((tmp_15_reg_558 == 32'd84) ? 1'b1 : 1'b0);

assign tmp_2_fu_333_p2 = ((tmp_15_reg_558 == 32'd88) ? 1'b1 : 1'b0);

assign tmp_3_fu_471_p2 = ((inflight_req_state_s_fu_192 == 8'd3) ? 1'b1 : 1'b0);

assign tmp_4_fu_318_p2 = ((tmp_15_reg_558 == 32'd76) ? 1'b1 : 1'b0);

assign tmp_5_fu_409_p2 = (sel_tmp8_fu_395_p2 | sel_tmp6_fu_377_p2);

assign tmp_7_fu_427_p2 = ((inflight_req_state_fu_415_p3 == 3'd0) ? 1'b1 : 1'b0);

assign tmp_8_fu_477_p2 = ((inflight_req_state_s_fu_192 == 8'd4) ? 1'b1 : 1'b0);

assign tmp_9_fu_323_p2 = ((tmp_15_reg_558 == 32'd80) ? 1'b1 : 1'b0);

assign tmp_fu_465_p2 = ((inflight_req_state_s_fu_192 == 8'd2) ? 1'b1 : 1'b0);

assign tmp_s_fu_483_p2 = ((inflight_req_state_s_fu_192 == 8'd5) ? 1'b1 : 1'b0);

always @ (posedge ap_clk) begin
    inflight_req_state_s_fu_192[7:3] <= 5'b00000;
end

endmodule //peek_handler